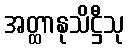
အတ္ထာနုသိဋ္ဌီသု